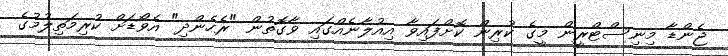
ޖެންޑާ މިނިސްޓްރީން މީގެ ކުރިން ކޮށްފައިވާ އިއުލާނެއްގައި ވާގޮތުން "ރެހެންދި" އެވޯޑަށް ކުރިމަތިލުމުގެ